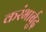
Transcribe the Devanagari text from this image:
करंभार्बुद